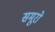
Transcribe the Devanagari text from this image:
समूरो